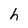
Character: h